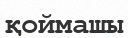
қоймашы